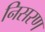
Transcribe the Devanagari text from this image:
निसरण